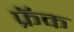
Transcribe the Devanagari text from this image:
फ्रॅक